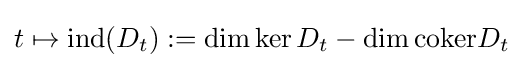
t\mapsto {\text{ind}}(D_{t}):=\dim \ker D_{t}-\dim {\text{coker}}D_{t}